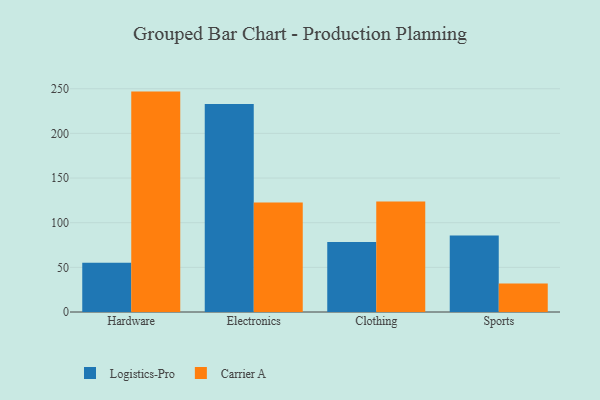
{"axis": {"x": "Category", "y": "LTV (USD)"}, "legend": ["Carrier A", "Logistics-Pro"], "data": [{"x": "Hardware", "y": 55.1, "type": "Logistics-Pro"}, {"x": "Hardware", "y": 246.8, "type": "Carrier A"}, {"x": "Electronics", "y": 232.8, "type": "Logistics-Pro"}, {"x": "Electronics", "y": 122.5, "type": "Carrier A"}, {"x": "Clothing", "y": 78.5, "type": "Logistics-Pro"}, {"x": "Clothing", "y": 123.7, "type": "Carrier A"}, {"x": "Sports", "y": 85.8, "type": "Logistics-Pro"}, {"x": "Sports", "y": 31.8, "type": "Carrier A"}]}